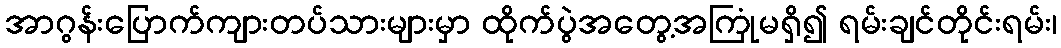
အာဂွန်းပြောက်ကျားတပ်သားများမှာ ထိုက်ပွဲအတွေ့အကြုံမရှိ၍ ရမ်းချင်တိုင်းရမ်း၊